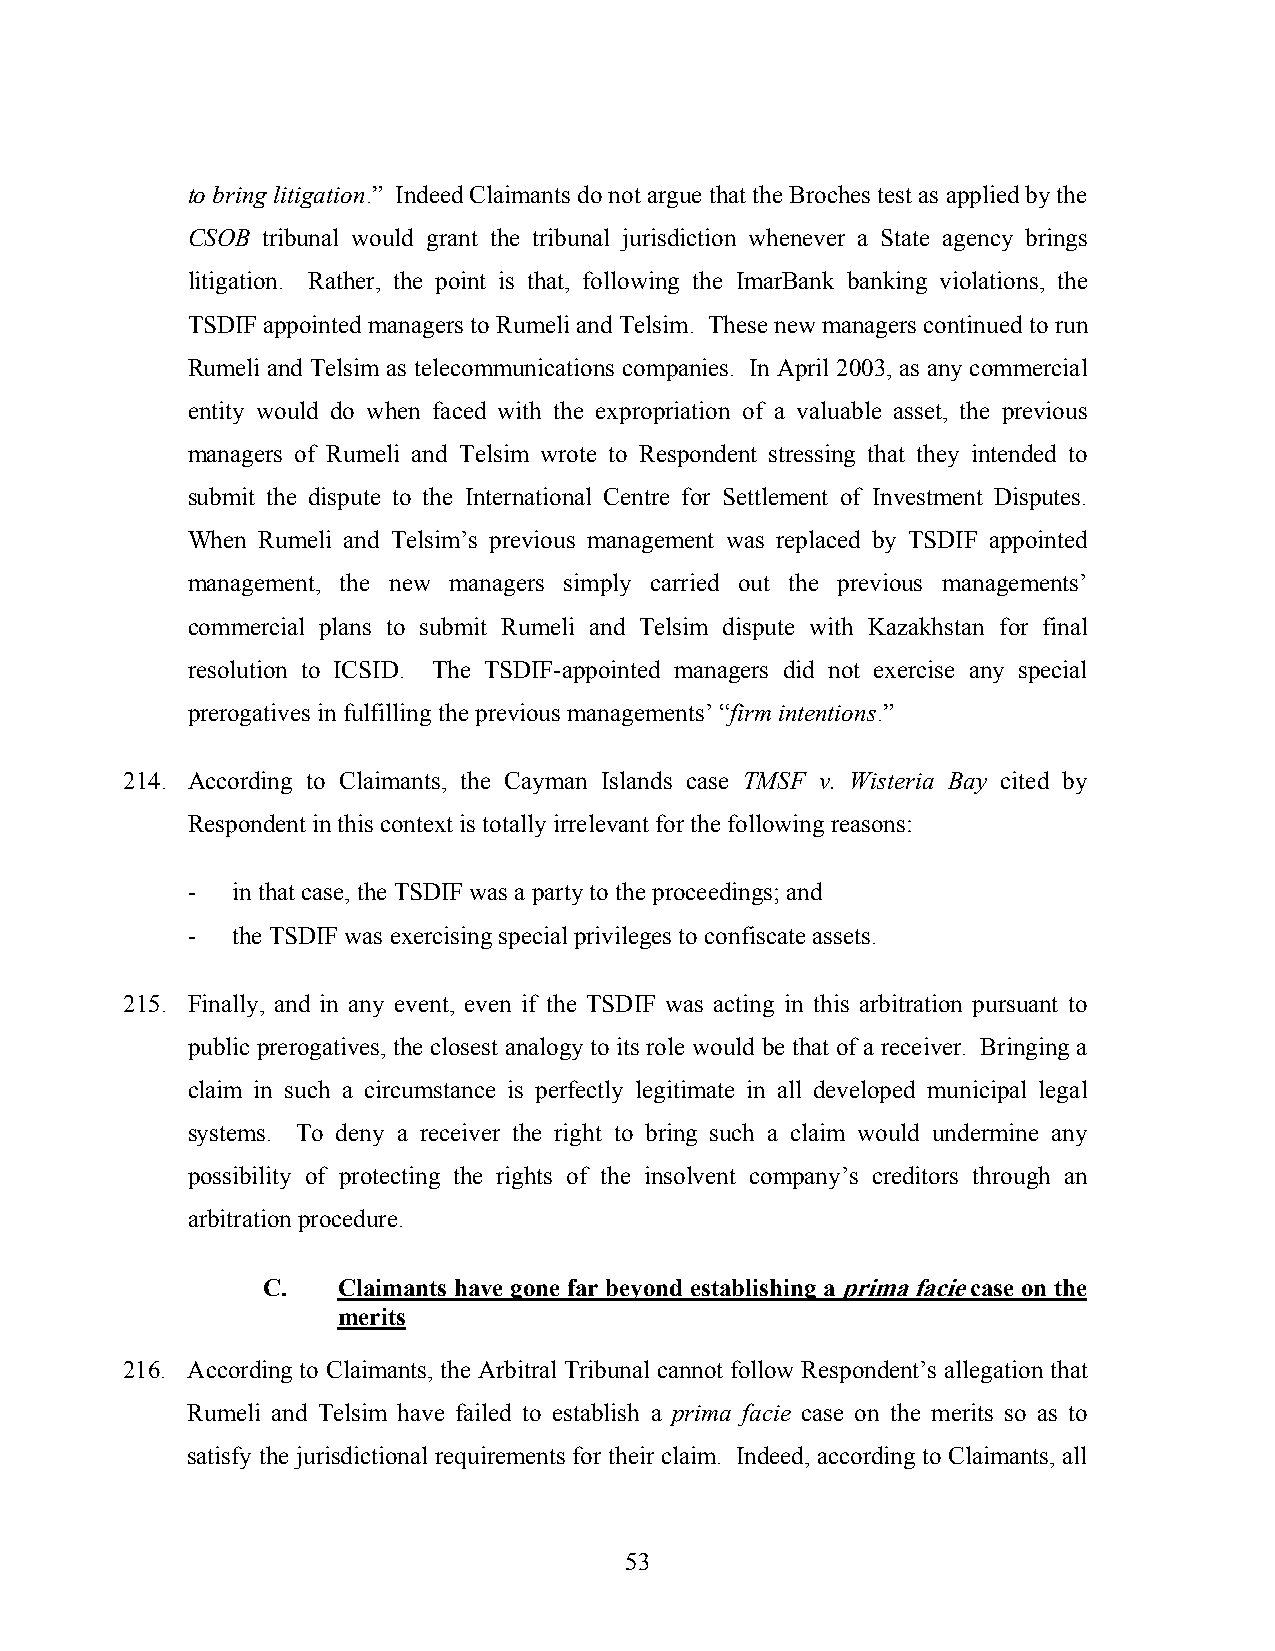
to bring litigation.” Indeed Claimants do not argue that the Broches test as applied by the
 CSOB tribunal would grant the tribunal jurisdiction whenever a State agency brings
 litigation. Rather, the point is that, following the ImarBank banking violations, the
 TSDIF appointed managers to Rumeli and Telsim. These new managers continued to run
 Rumeli and Telsim as telecommunications companies. In April 2003, as any commercial
 entity would do when faced with the expropriation of a valuable asset, the previous
 managers of Rumeli and Telsim wrote to Respondent stressing that they intended to
 submit the dispute to the International Centre for Settlement of Investment Disputes.
 When Rumeli and Telsim’s previous management was replaced by TSDIF appointed
 management, the new managers simply carried out the previous managements’
 commercial plans to submit Rumeli and Telsim dispute with Kazakhstan for final
 resolution to ICSID. The TSDIF-appointed managers did not exercise any special
 prerogatives in fulfilling the previous managements’ “firm intentions.”
 214. According to Claimants, the Cayman Islands case TMSF v. Wisteria Bay cited by
 Respondent in this context is totally irrelevant for the following reasons:
 -  in that case, the TSDIF was a party to the proceedings; and
 -  the TSDIF was exercising special privileges to confiscate assets.
 215. Finally, and in any event, even if the TSDIF was acting in this arbitration pursuant to
 public prerogatives, the closest analogy to its role would be that of a receiver. Bringing a
 claim in such a circumstance is perfectly legitimate in all developed municipal legal
 systems. To deny a receiver the right to bring such a claim would undermine any
 possibility of protecting the rights of the insolvent company’s creditors through an
 arbitration procedure.
 C.   Claimants have gone far beyond establishing a prima facie case on the
 merits
 216. According to Claimants, the Arbitral Tribunal cannot follow Respondent’s allegation that
 Rumeli and Telsim have failed to establish a prima facie case on the merits so as to
 satisfy the jurisdictional requirements for their claim. Indeed, according to Claimants, all
 53